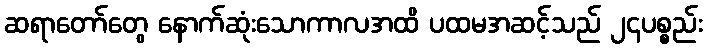
ဆရာတော်တွေ နောက်ဆုံးသောကာလအထိ ပထမအဆင့်သည် ၂၄ပစ္စည်း